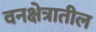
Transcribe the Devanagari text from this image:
वनक्षेत्रातील